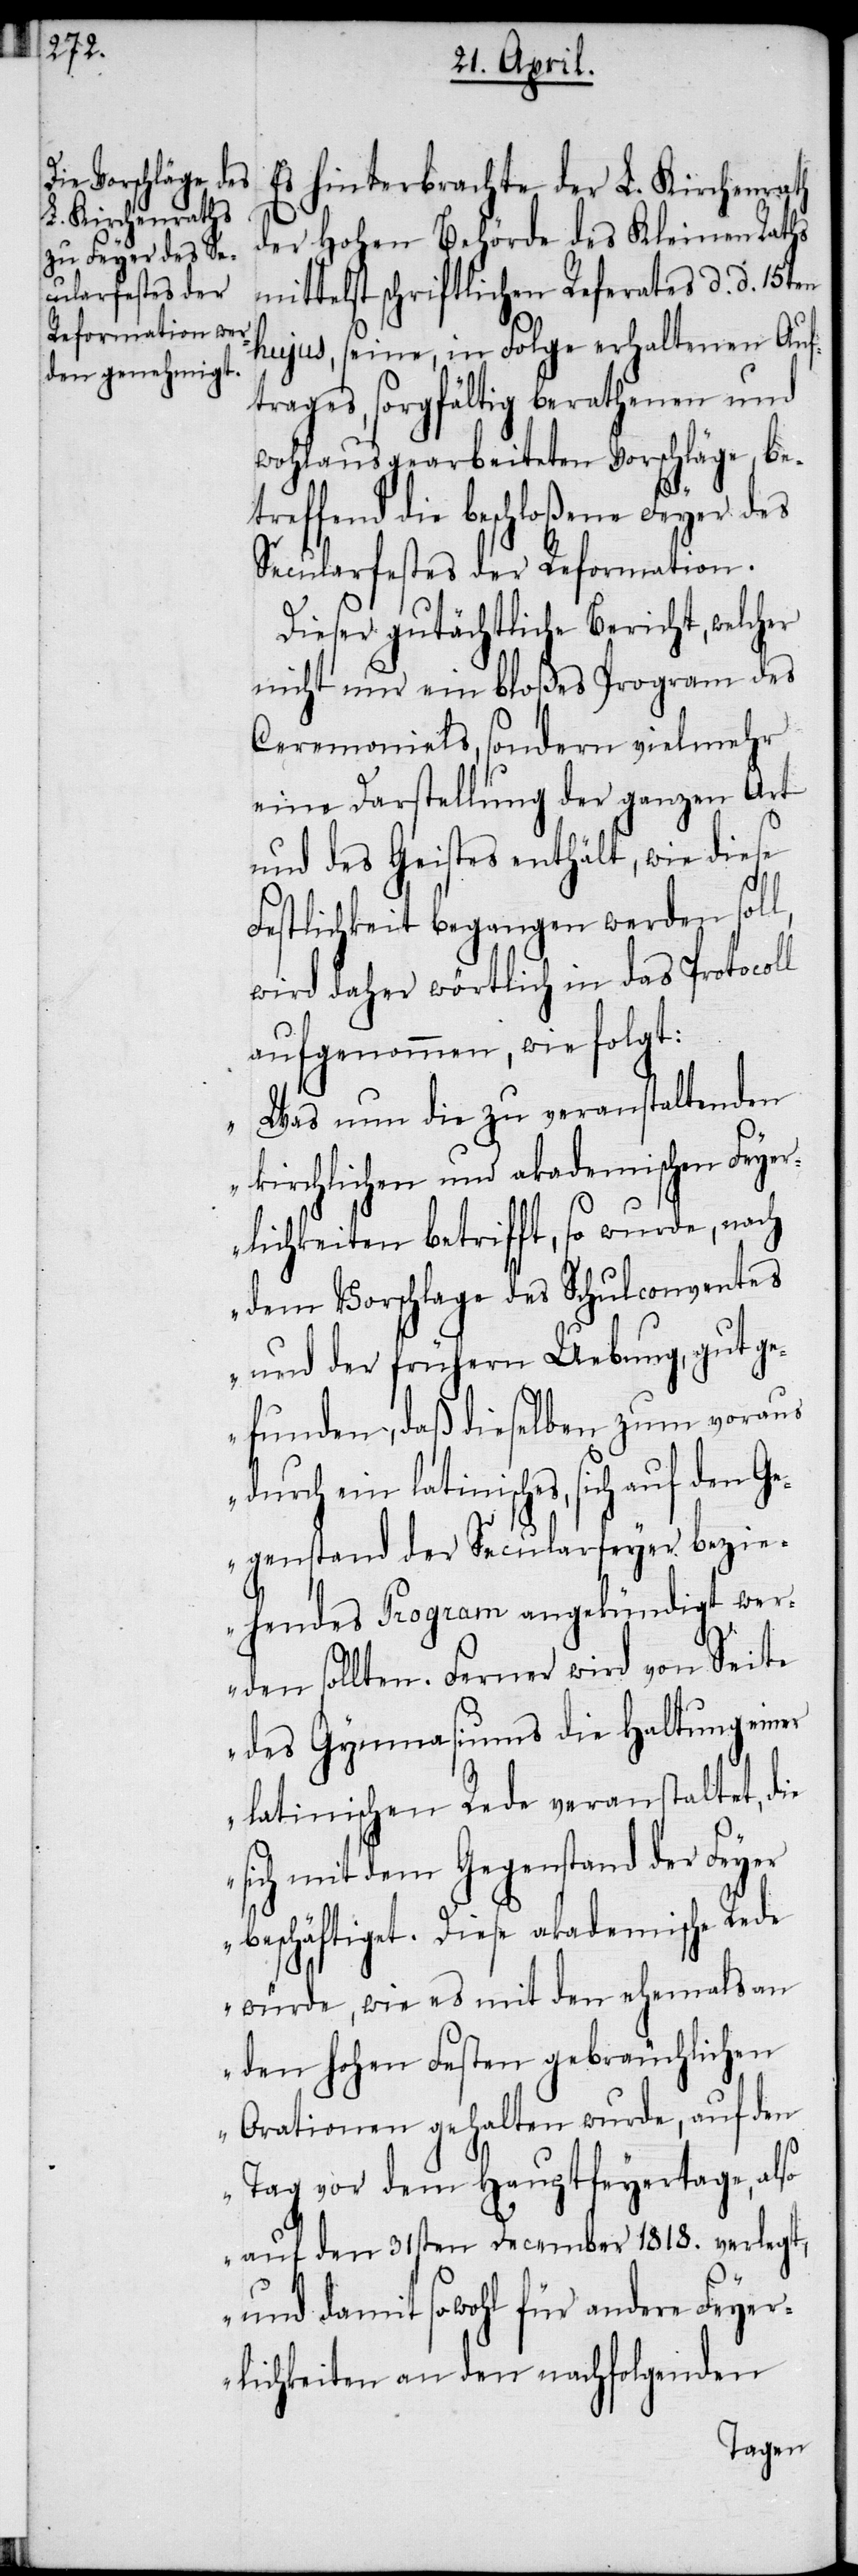
wie es mit den

Es hinterbrachte der L. Kirchenrath
der Hohen Behörde des Kleinen Raths
mittelst schriftlichen Referates d. d. 15ten
hujus, seine, in Folge erhaltenen Auf¬
trages, sorgfältig berathenen und
wohlausgearbeiteten Vorschläge, be¬
treffend die beschloßene Feyer des
Secularfestes der Reformation.
Dieser gutächtliche Bericht, welcher
nicht nur ein bloßes Program des
Ceremoniels, sondern vielmehr
eine Darstellung der ganzen Art
und des Geistes enthält, wie diese
Festlichkeit begangen werden soll,
wird daher wörtlich in das Protocoll
aufgenommen, wie folgt:
„Was nun die zu veranstaltenden
kirchlichen und akademischen Feyer¬
lichkeiten betrifft, so wurde, nach
dem Vorschlage des Schulconventes
und der frühern Uebung, gut ge¬
funden, daß dieselben zum voraus
durch ein latinisches, sich auf den Ge¬
genstand der Secularfeyer bezi¬
ehendes Program angekündigt wer¬
den sollten. Ferner wird von Seite
des Gymnasiums die Haltung einer
latinischen Rede veranstaltet, die
sich mit dem Gegenstand der Feyer
beschäftiget. Diese akademische Rede
den hohen Festen gebräuchlichen
Orationen gehalten wurde, auf den
Tag vor dem Hauptfeyertage, also
auf den 31sten December 1818. verlegt,
und damit sowohl für andere Feyer¬
lichkeiten an den nachfolgenden